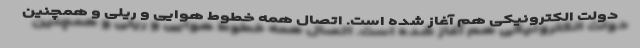
دولت الکترونیکی هم آغاز شده است. اتصال همه خطوط هوایی و ریلی و همچنین